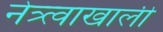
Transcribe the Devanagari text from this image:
नेत्र्त्वाखाली